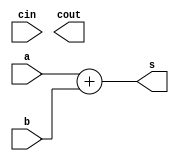

module Adder_normal(
    a,
    b,
    cin,
    s,
    cout
);
parameter width = 16;

input [width-1:0]a;
input [width-1:0]b;
input cin;

output [width-1:0]s;
output cout;

wire [width : 0]s_t;

assign s_t = a + b;
assign s = s_t[width-1 : 0];
assign cout = s[width];

endmodule